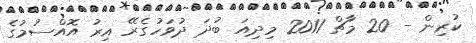
ކުރިން - 20 މާޗް 2011 މިދިއަ ބުދަ ދުވަހުގެރޭ އިރު އޮއްސުމުގެ